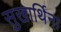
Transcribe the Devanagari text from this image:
सुखार्थिना